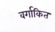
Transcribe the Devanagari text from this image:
वर्गाकित